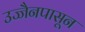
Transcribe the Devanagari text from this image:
उज्जैनपासून